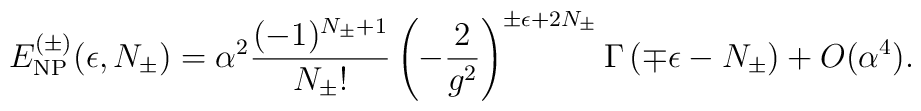
E_{\rm NP}^{(\pm)}(\epsilon, N_\pm) = \alpha^2 \frac{(-1)^{N_\pm+1}}{N_\pm!}\left( -\frac{2}{g^2}\right)^{\pm \epsilon+2 N_\pm }\Gamma \left(\mp \epsilon -  N_\pm \right) + O(\alpha^4).